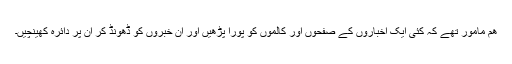
ھم مامور تھے کہ کئی ایک اخباروں کے صفحوں اور کالموں کو پورا پڑھیں اور ان خبروں کو ڈھونڈ کر ان پر دائرہ کھینچیں۔